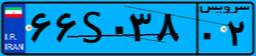
۶۶S۰۳۸۰۲